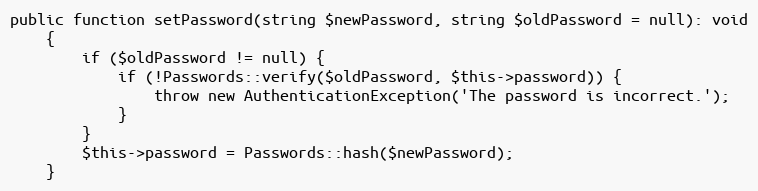
Language: PHP
public function setPassword(string $newPassword, string $oldPassword = null): void
	{
		if ($oldPassword != null) {
			if (!Passwords::verify($oldPassword, $this->password)) {
				throw new AuthenticationException('The password is incorrect.');
			}
		}
		$this->password = Passwords::hash($newPassword);
	}